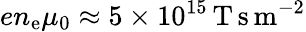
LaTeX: en_{\mathrm{e}}\mu_{0}\approx 5\times 10^{15}\, \mathrm{T}\, \mathrm{s}\, \mathrm{m}^{-2}